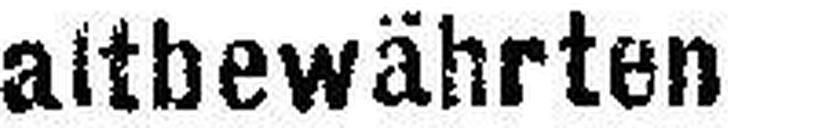
altbewährten